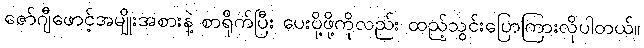
ဇော်ဂျီဖောင့်အမျိုးအစားနဲ့ စာရိုက်ပြီး ပေးပို့ဖို့ကိုလည်း ထည့်သွင်းပြောကြားလိုပါတယ်။